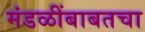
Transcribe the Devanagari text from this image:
मंडळींबाबतचा